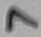
Text: 7